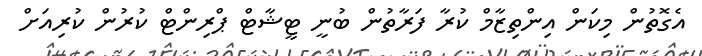
އެގޮތުން މިކަން އިންތިޒާމް ކުރާ ފަރާތުން ބުނީ ޓީޝާޓް ޕްރިންޓް ކުރުން ކުރިއަށް